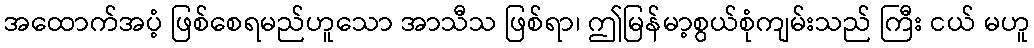
အထောက်အပံ့ ဖြစ်စေရမည်ဟူသော အာသီသ ဖြစ်ရာ၊ ဤမြန်မာ့စွယ်စုံကျမ်းသည် ကြီး ငယ် မဟူ